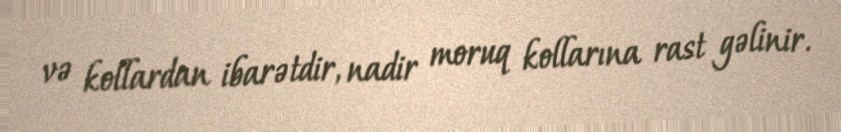
və kollardan ibarətdir, nadir moruq kollarına rast gəlinir.